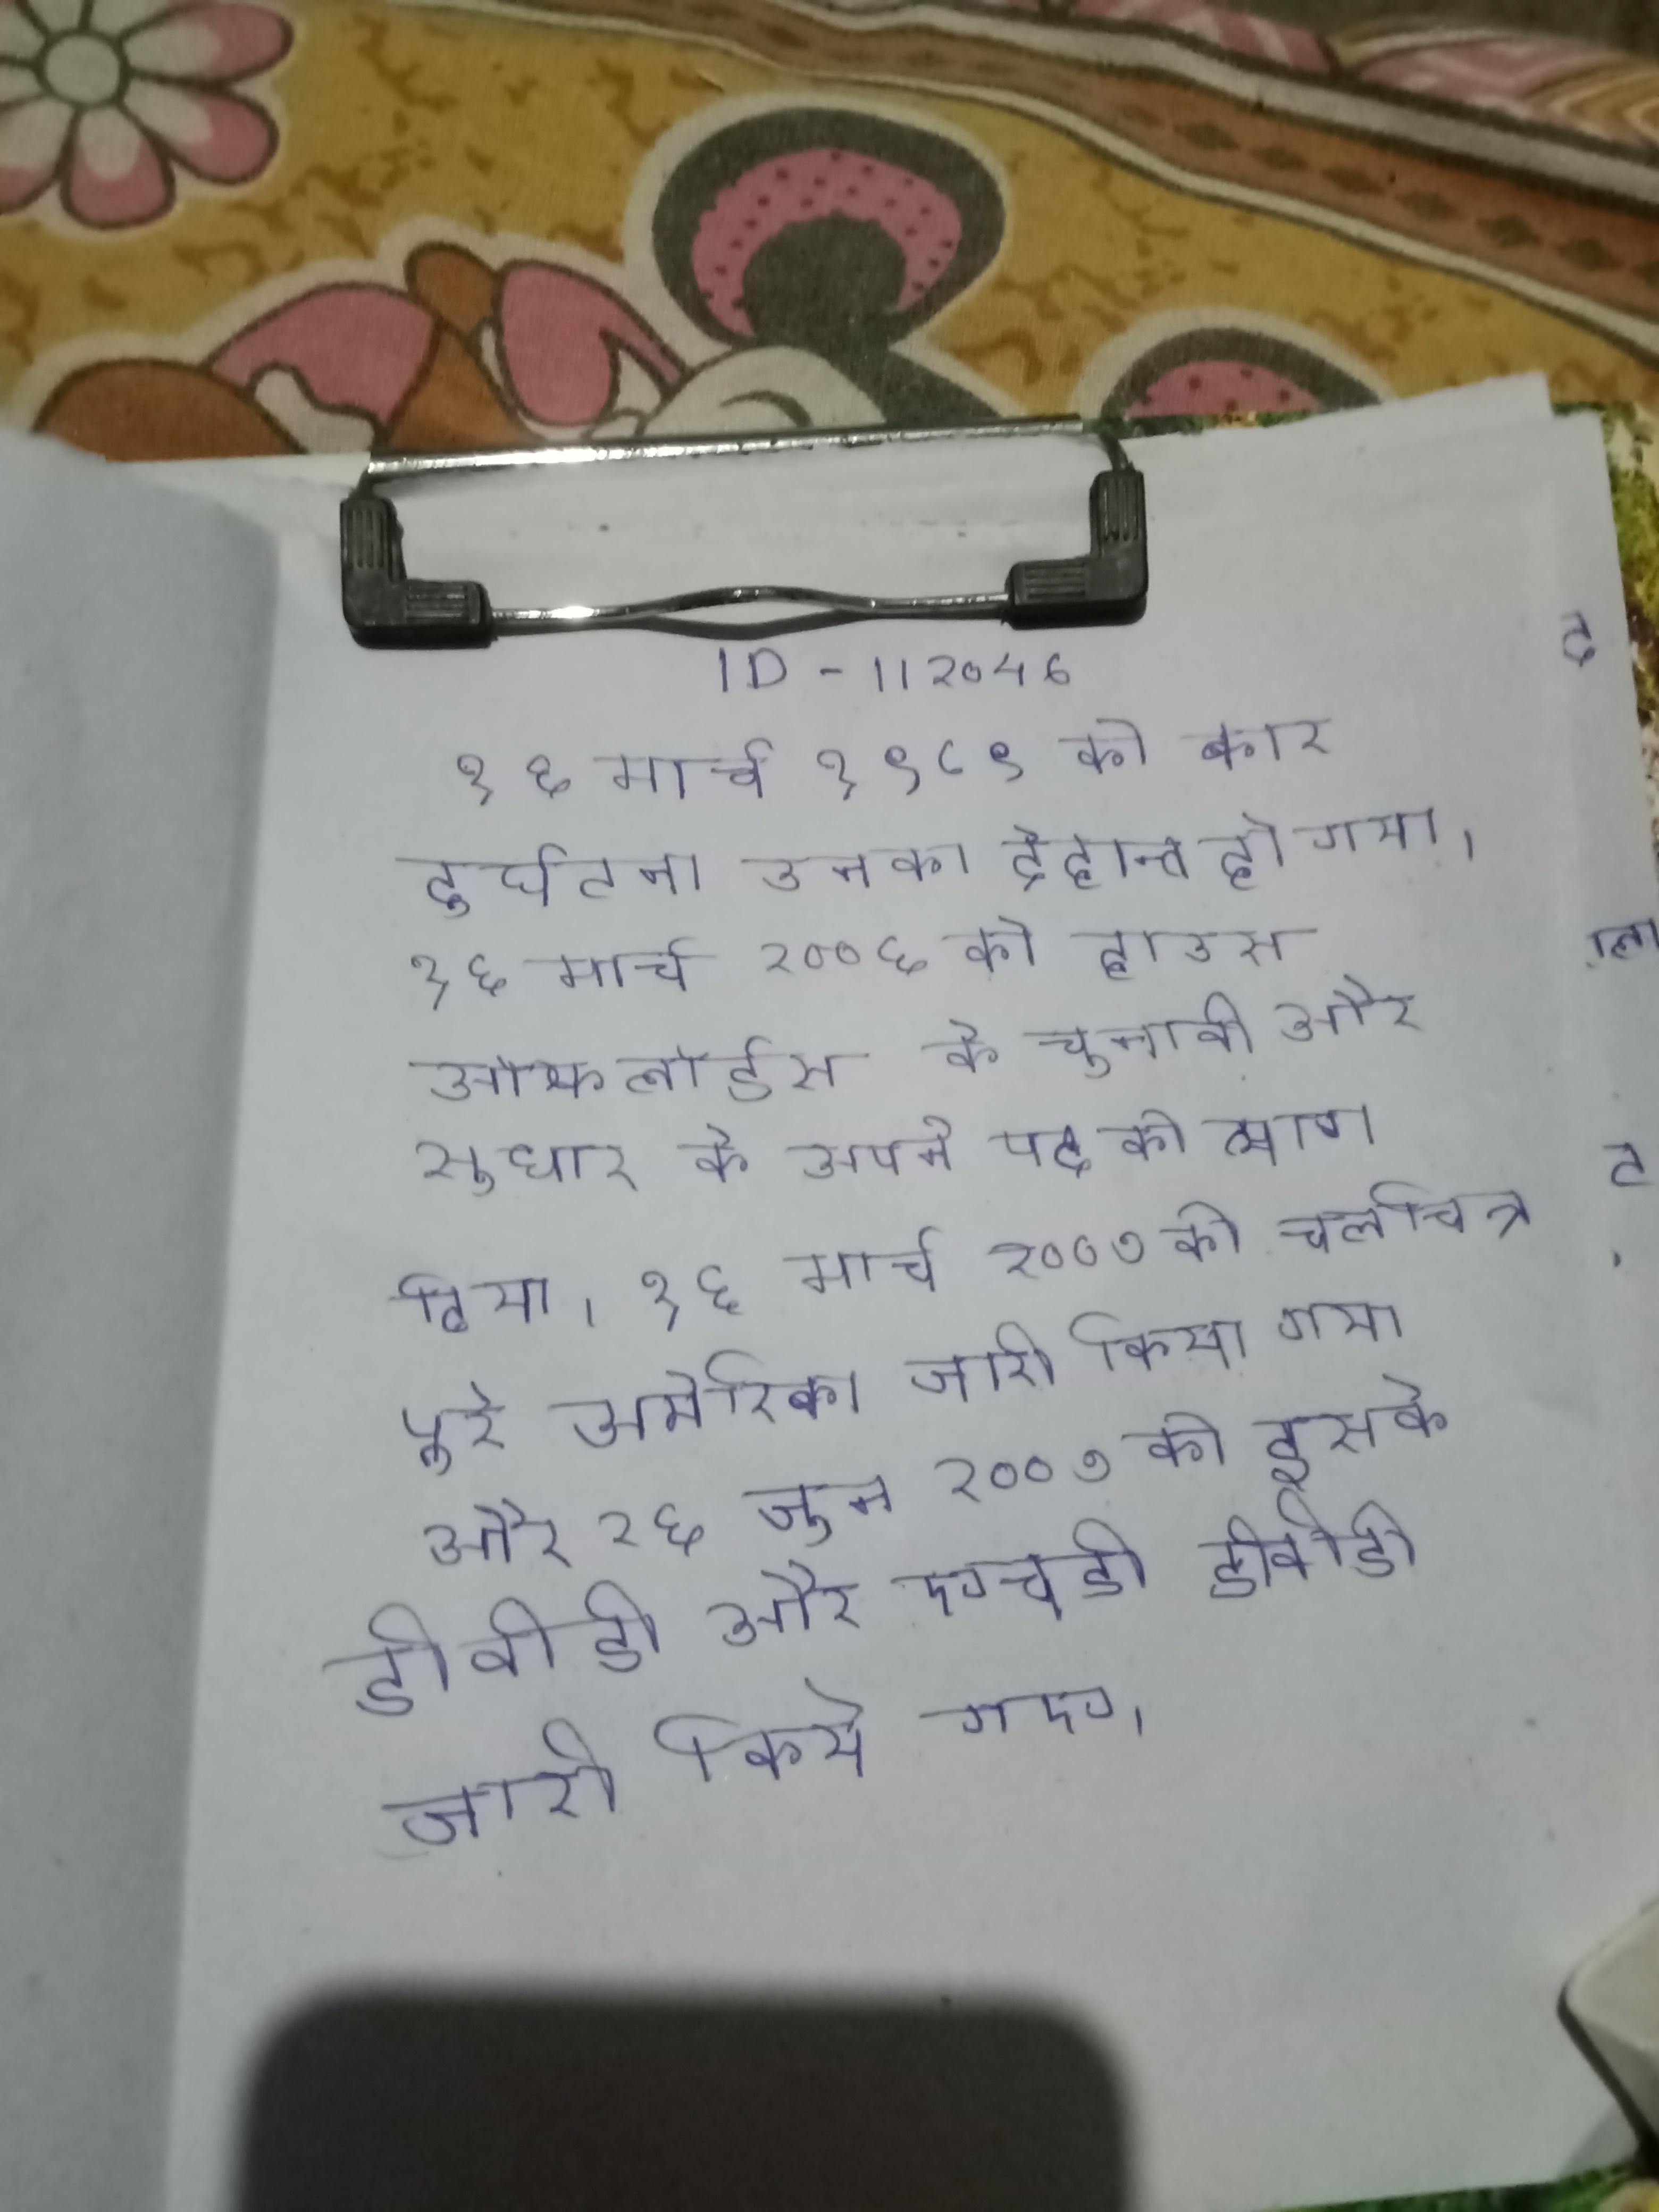
१६ मार्च १९८९ को कार दुर्घटना उनका देहान्त हो गया । १६ मार्च २००६ को हाउस ऑफ लॉर्डस के चुनावी और सुधार के अपने पद को त्याग दिया । १६ मार्च २००७ को चलचित्र पूरे अमेरिका जारी किया गया और २६ जून २००७ को इसके डीवीडी और एचडी डीवीडी जारी किये गए ।